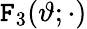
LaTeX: \mathtt{F}_{3}(\vartheta;\cdot)